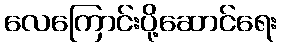
လေကြောင်းပို့ဆောင်ရေး